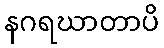
နဂရဃာတာပိ